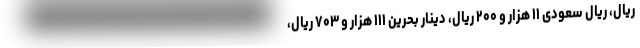
ریال، ریال سعودی ۱۱ هزار و ۲۰۰ ریال، دینار بحرین ۱۱۱ هزار و ۷۰۳ ریال،